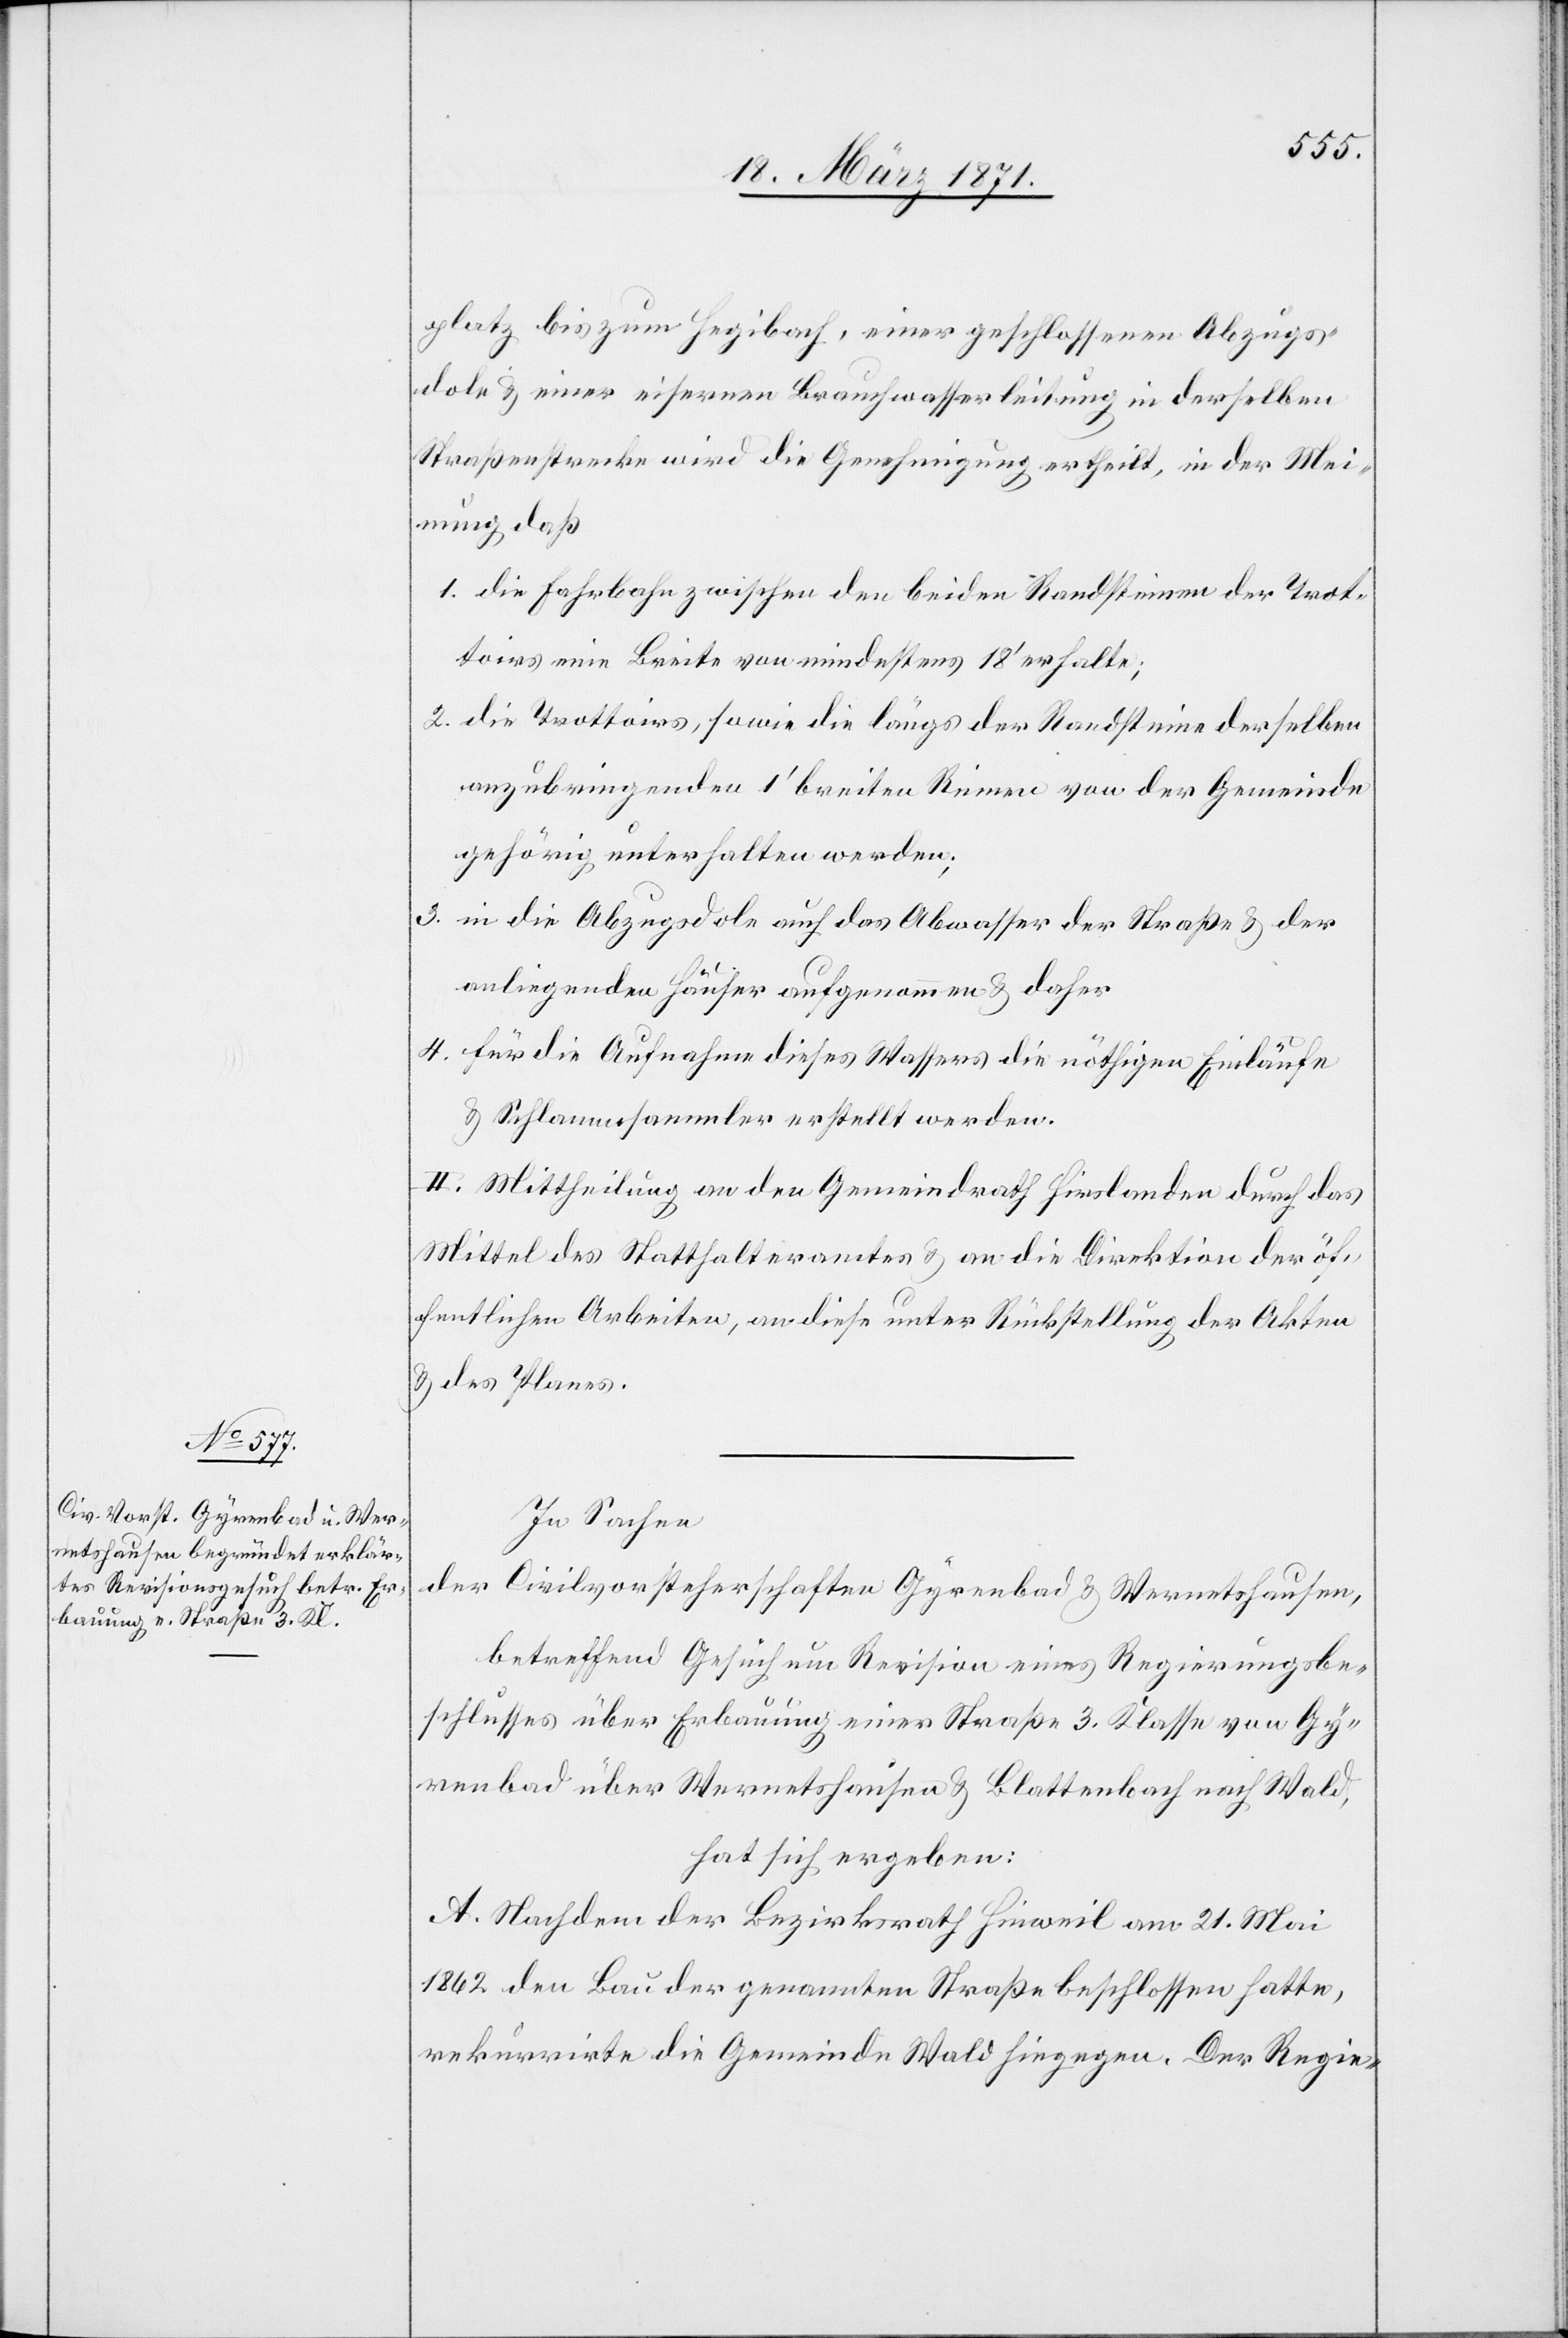
platz bis zum Hegibach, einer geschossenen Abzugs¬
dole u. einer eisernen Brauchwasserleitung in derselben
Straßenstrecke wird die Genehmigung ertheilt, in der Mei¬
nung daß
1. die Fahrbahn zwischen den beiden Randsteinen der Trot¬
toirs eine Breite von mindestens 18‘ erhalte;
2. die Trottoirs, sowie die längs der Randsteine derselben
anzubringenden 1‘ breiten Rinnen von der Gemeinde
gehörig unterhalten werden;
3. in die Abzugsdole auf das Abwasser der Straße u. der
anliegenden Häuser aufgenommen u. daher
4. für die Aufnahme dieses Wassers die nöthigen Einläufe
u. Schlammsammler erstellt werden.
II. Mittheilung an den Gemeindrath Hirslanden durch das
Mittel des Statthalteramtes u. an die Direktion der öf¬
fentlichen Arbeiten, an diese unter Rückstellung der Akten
u. des Planes.
In Sachen
der Civilvorsteherschaften Gyrenbad u. Wernetshausen,
betreffend Gesuch um Revision eines Regierungsbe¬
schlusses über Erbauung einer Straße 3. Klasse von Gy¬
renbad über Wernetshausen u. Blattenbach nach Wald,
hat sich ergeben:
A. Nachdem der Bezirksrath Hinweil am 21. Mai
1862 den Bau der genannten Straße beschlossen hatte,
rekurrirte die Gemeinde Wald hiegegen. Der Regie-